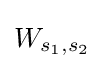
W_{s_{1},s_{2}}